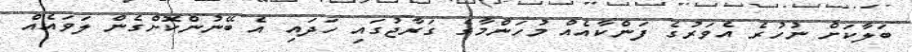
ބަލާކަށް ނުހުރެ އެވަރުގެ ފަންކާއެއް މުހަންމާގެ ގަރާޖުގައި ހަދައި އެ ބޭނުންކޮށްގެން ލަވައެއް